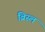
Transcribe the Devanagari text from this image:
ब्रिस्ल